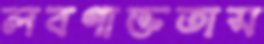
লবণাক্ততাস